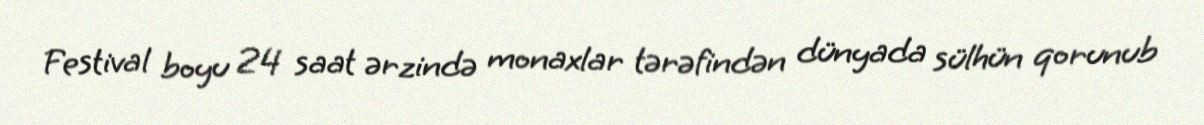
Festival boyu 24 saat ərzində monaxlar tərəfindən dünyada sülhün qorunub